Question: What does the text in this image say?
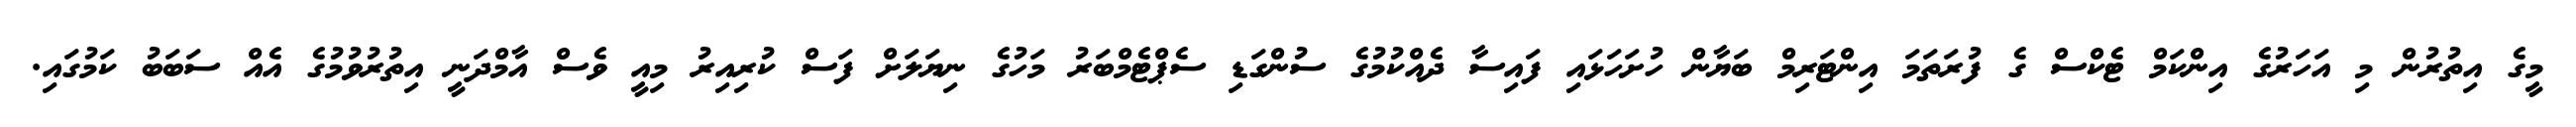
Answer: މީގެ އިތުރުން މި އަހަރުގެ އިންކަމް ޓެކްސް ގެ ފުރަތަމަ އިންޓަރިމް ބަޔާން ހުށަހަޅައި ފައިސާ ދެއްކުމުގެ ސުންގަޑި ސެޕްޓެމްބަރު މަހުގެ ނިޔަލަށް ފަސް ކުރިއިރު މިއީ ވެސް އާމްދަނީ އިތުރުވުމުގެ އެއް ސަބަބު ކަމުގައި.